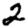
Digit: 2